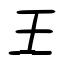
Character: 王